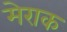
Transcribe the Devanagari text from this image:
मेराक